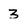
Character: 3